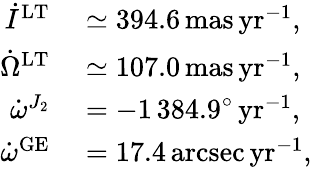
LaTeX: \begin{array}{rl}{\dot{I}^{\mathrm{LT}}}&{{}\simeq 394.6\, \mathrm{mas\, yr}^{-1},}\\ {\dot{\Omega}^{\mathrm{LT}}}&{{}\simeq 107.0\, \mathrm{mas\, yr}^{-1},}\\ {\dot{\omega}^{J_{2}}}&{{}=-1\, 384.9^{\circ}\, \mathrm{yr}^{-1},}\\ {\dot{\omega}^{\mathrm{GE}}}&{{}=17.4\, \mathrm{arcsec\, yr}^{-1},}\end{array}